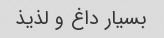
بسیار داغ و لذیذ